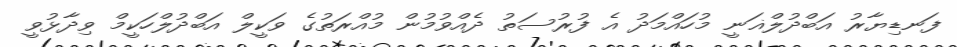
ފަނޑިޔާރު އަބްދުލްޣަނީ މުހައްމަދު އެ ފުރުސަތު ދެއްވުމުން މުއްރަތުގެ ވަކީލް އަބްދުލްހަކީމް ވިދާޅުވީ